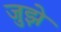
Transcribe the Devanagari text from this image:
जुझे